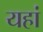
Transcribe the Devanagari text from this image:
यहां